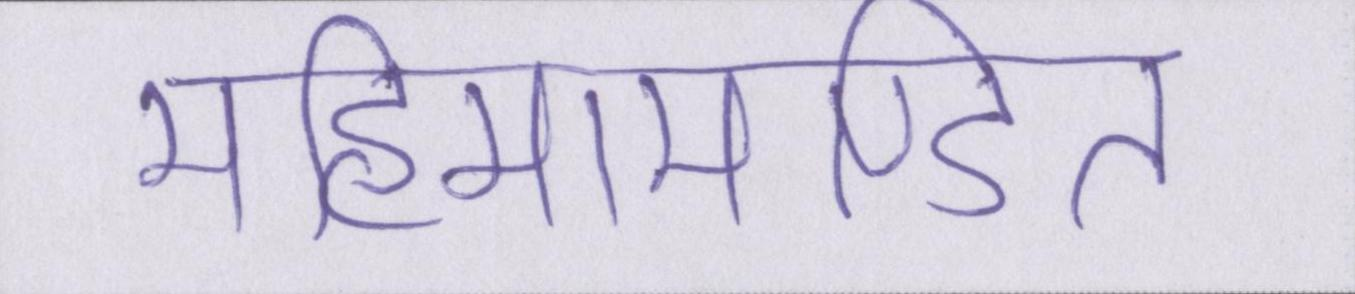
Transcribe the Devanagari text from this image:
महिमामण्डित